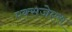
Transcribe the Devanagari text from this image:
एक्सजेएस